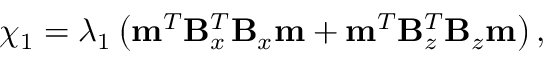
\chi _ { 1 } = \lambda _ { 1 } \left( \mathbf { m } ^ { T } \mathbf { B } _ { x } ^ { T } \mathbf { B } _ { x } \mathbf { m } + \mathbf { m } ^ { T } \mathbf { B } _ { z } ^ { T } \mathbf { B } _ { z } \mathbf { m } \right) ,